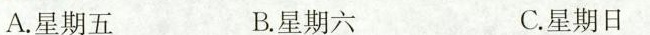
A.星期五 B.星期六 C.星期日